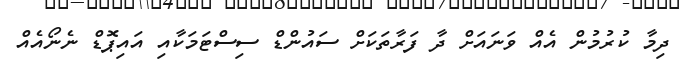
ދިމާ ކުރުމުން އެއް ވަނައަށް ދާ ފަރާތަކަށް ސައުންޑް ސިސްޓަމަކާއި އައިޕޮޑް ނެނޯއެއް